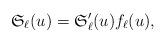
LaTeX: \begin{align*}{\frak S}_{\ell}(u)={\frak S}_{\ell}^{\prime}(u)f_{\ell}(u),\end{align*}